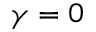
\gamma = 0